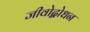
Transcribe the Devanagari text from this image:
जीवोद्बोधन